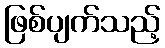
ဖြစ်ပျက်သည့်